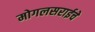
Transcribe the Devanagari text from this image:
मोगलसराईचे